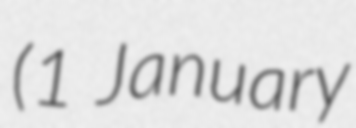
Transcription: (1 January